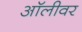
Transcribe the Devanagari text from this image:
ऑलीवर